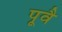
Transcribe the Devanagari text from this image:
पूवै